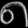
Digit: ၈